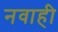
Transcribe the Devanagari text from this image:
नवाही